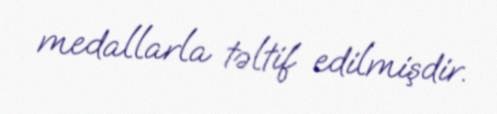
medallarla təltif edilmişdir.